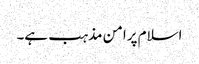
اسلام پرامن مذہب ہے۔